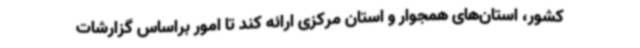
کشور، استان‌های همجوار و استان مرکزی ارائه کند تا امور براساس گزارشات